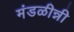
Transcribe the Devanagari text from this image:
मंडळीन्नी